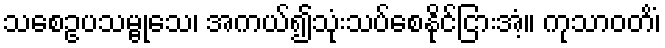
သစေဥပသမ္ဗုသေ၊ အကယ်၍သုံးသပ်စေနိုင်ငြားအံ့။ ကုသာဝတိံ၊